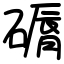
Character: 磭